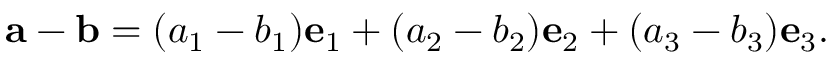
\mathbf { a } - \mathbf { b } = ( a _ { 1 } - b _ { 1 } ) \mathbf { e } _ { 1 } + ( a _ { 2 } - b _ { 2 } ) \mathbf { e } _ { 2 } + ( a _ { 3 } - b _ { 3 } ) \mathbf { e } _ { 3 } .